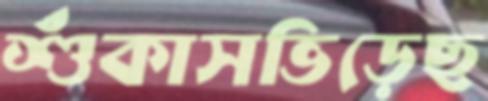
শুঁকাসভিড়েছ